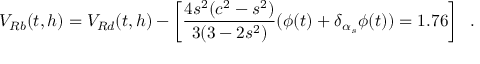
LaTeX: V _ { R b } ( t , h ) = V _ { R d } ( t , h ) - \left[ \frac { 4 s ^ { 2 } ( c ^ { 2 } - s ^ { 2 } ) } { 3 ( 3 - 2 s ^ { 2 } ) } ( \phi ( t ) + \delta _ { \alpha _ { s } } \phi ( t ) ) = 1 . 7 6 \right] \; \; .